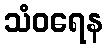
သံဝရေန